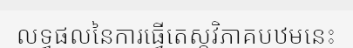
លទ្ធផលនៃការធ្វើតេស្តវិភាគបឋមនេះ